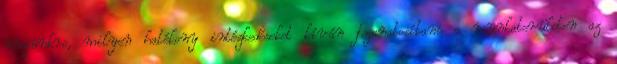
részünkre, milyen hatékony intézkedéseket kíván foganatosítani a munkaterületen az